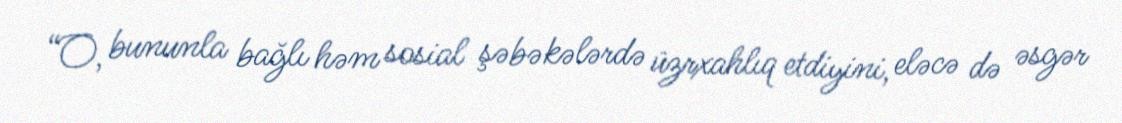
“O, bununla bağlı həm sosial şəbəkələrdə üzrxahlıq etdiyini, eləcə də əsgər